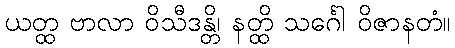
ယတ္ထ ဗာလာ ဝိသီဒန္တိ၊ နတ္ထိ သင်္ဂေါ ဝိဇာနတံ။